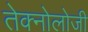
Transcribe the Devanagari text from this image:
तेक्नोलोजी